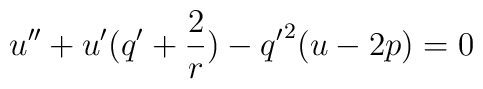
u''+u'(q'+\frac{2}{r})-{q'}^2(u -2p)=0